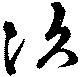
次